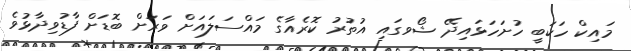
މައިކް ހަކަބީ ހުށަހަޅައިދޭ ޝޯވގައި އުތުރު ކޮރެއާގެ މައްސަލައަށް ވަރަށް ބޮޑަށް ފާޑުވިދާޅުވެ